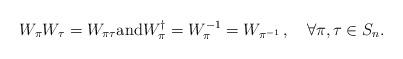
LaTeX: \begin{align*}W_\pi W_{\tau}=W_{\pi\tau}\mathrm{and}W_{\pi}^{\dagger}=W_{\pi}^{-1}=W_{\pi^{-1}}\,,\quad\forall \pi,\tau\in S_n.\end{align*}